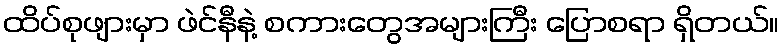
ထိပ်စုဖျားမှာ ဖဲင်နီနဲ့ စကားတွေအများကြီး ပြောစရာ ရှိတယ်။